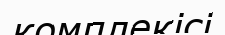
комплекісі